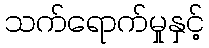
သက်ရောက်မှုနှင့်